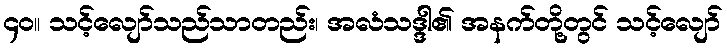
၄၀။ သင့်လျော်သည်သာတည်း၊ အလံသဒ္ဒါ၏ အနက်တို့တွင် သင့်လျော်